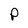
Character: P